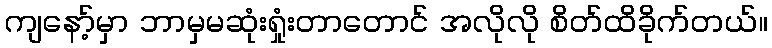
ကျနော့်မှာ ဘာမှမဆုံးရှုံးတာတောင် အလိုလို စိတ်ထိခိုက်တယ်။